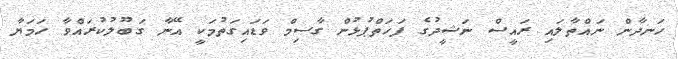
ހަނދާން ނައްތާލައި ރައީސް ނަޝީދުގެ ފަހަތްޕުޅުން ގާސިމް ވަޑައިގަތުމަކީ އޭނާ ގަބޫލުކުރައްވާ ހަމަޔާ